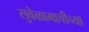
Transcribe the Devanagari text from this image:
सुवेळामाचीच्या